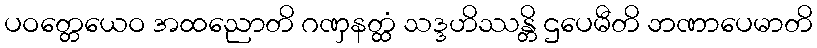
ပဝတ္တေယေဝ အထညောတိ ဂဏှနတ္ထံ သဒ္ဒဟိဿန္တိ ဌပေမီတိ ဘဏာပေမာတိ